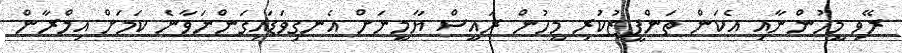
ރޭވި މީހުންނާއި އެކަން ތަންފީޒުކުރި މީހުން ރައީސް ޔާމީނަށް އެނގިވަޑައިގަންނަވާނެ ކަމަށް އިމްރާން